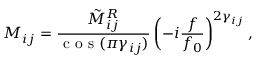
M _ { i j } = \frac { \tilde { M } _ { i j } ^ { R } } { \mathrm { ~ c ~ o ~ s ~ } ( \pi \gamma _ { i j } ) } \left( - i \frac { f } { f _ { 0 } } \right) ^ { 2 \gamma _ { i j } } ,